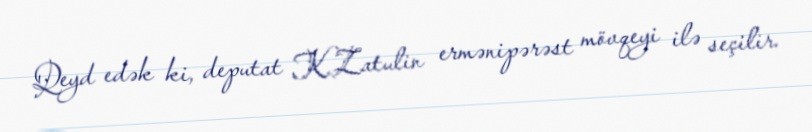
Qeyd edək ki, deputat K.Zatulin ermənipərəst mövqeyi ilə seçilir.